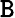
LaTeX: {\tt B}